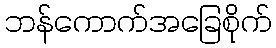
ဘန်ကောက်အခြေစိုက်